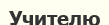
Учителю